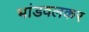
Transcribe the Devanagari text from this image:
भांडवलकर